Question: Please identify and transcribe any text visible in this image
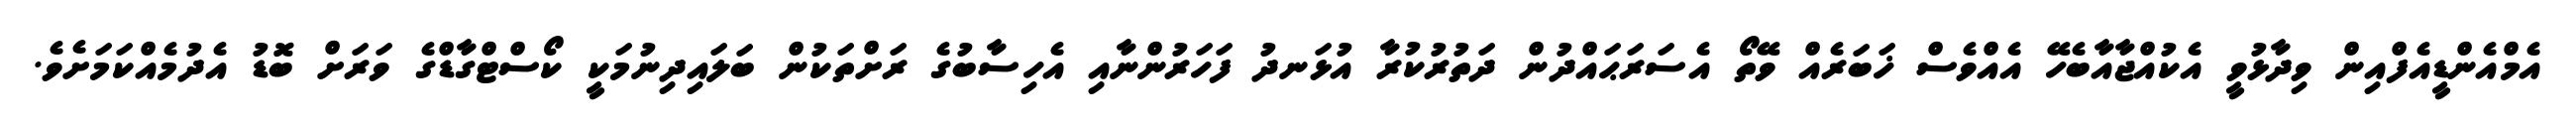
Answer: އެމްއެންޑީއެފްއިން ވިދާޅުވީ އެކުއްޖާއާބެހޭ އެއްވެސް ޚަބަރެއް ވޭތޯ އެސަރަޙައްދުން ދަތުރުކުރާ އުޅަނދު ފަހަރުންނާއި އެހިސާބުގެ ރަށްތަކުން ބަލައިދިނުމަކީ ކޯސްޓްގާޑްގެ ވަރަށް ބޮޑު އެދުމެއްކަމަށެވެ.